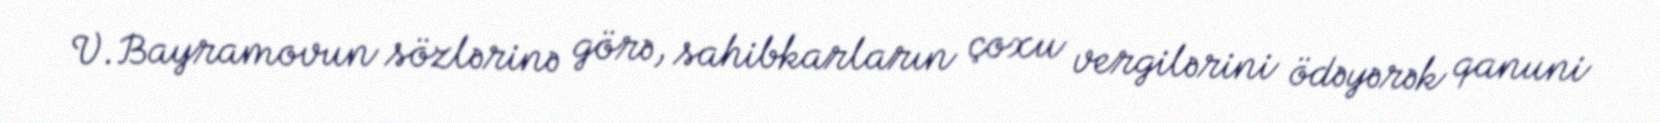
V.Bayramovun sözlərinə görə, sahibkarların çoxu vergilərini ödəyərək qanuni